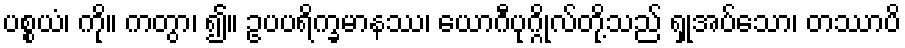
ပစ္စယံ၊ ကို။ ကတွာ၊ ၍။ ဥပပရိက္ခမာနဿ၊ ယောဂီပုဂ္ဂိုလ်တို့သည် ရှုအပ်သော၊ တဿာပိ